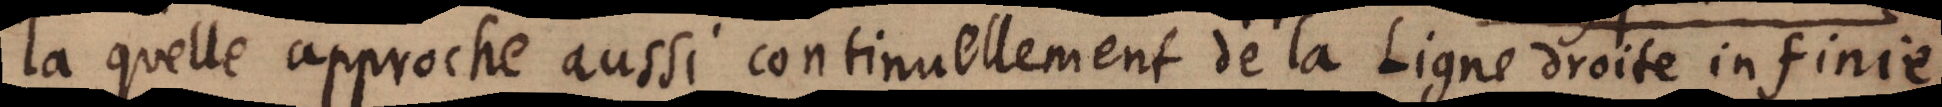
la quelle approche aussi continuellement de la Ligne droite infinie